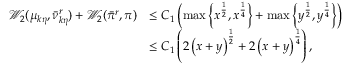
\begin{array} { r l } { \mathcal { W } _ { 2 } ( \mu _ { k \eta } , \Bar { \nu } _ { k \eta } ^ { r } ) + \mathcal { W } _ { 2 } ( \Bar { \pi } ^ { r } , \pi ) } & { \le C _ { 1 } \left( \operatorname* { m a x } \left\{ x ^ { \frac { 1 } { 2 } } , x ^ { \frac { 1 } { 4 } } \right\} + \operatorname* { m a x } \left\{ y ^ { \frac { 1 } { 2 } } , y ^ { \frac { 1 } { 4 } } \right\} \right) } \\ & { \le C _ { 1 } \left( 2 \left( x + y \right) ^ { \frac { 1 } { 2 } } + 2 \left( x + y \right) ^ { \frac { 1 } { 4 } } \right) , } \end{array}